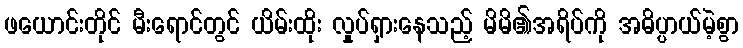
ဖယောင်းတိုင် မီးရောင်တွင် ယိမ်းထိုး လှုပ်ရှားနေသည့် မိမိ၏အရိပ်ကို အဓိပ္ပာယ်မဲ့စွာ